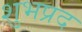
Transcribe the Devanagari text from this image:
शुभप्रद